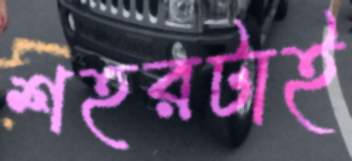
শহরটাই